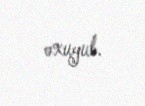
oxuyub.